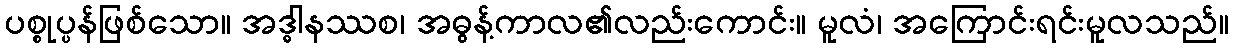
ပစ္စုပ္ပန်ဖြစ်သော။ အဒ္ဓါနဿစ၊ အဓွန့်ကာလ၏လည်းကောင်း။ မူလံ၊ အကြောင်းရင်းမူလသည်။